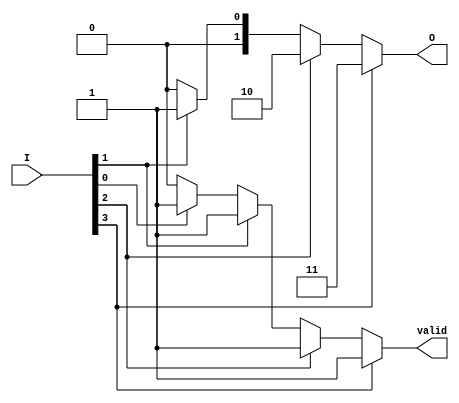
module one_of_n_encoder (
    input [3:0] I,       // 4 input lines
    output reg [1:0] O,  // 2 output lines (for 4 inputs)
    output reg valid     // Valid output signal
);

// Combinational logic to determine the output based on the inputs
always @(*) begin
    // Default state
    O = 2'b00;   // Default output
    valid = 1'b0; // Default valid signal

    // Check inputs in reverse order for priority
    if (I[3]) begin
        O = 2'b11; // Output for I[3]
        valid = 1'b1;
    end else if (I[2]) begin
        O = 2'b10; // Output for I[2]
        valid = 1'b1;
    end else if (I[1]) begin
        O = 2'b01; // Output for I[1]
        valid = 1'b1;
    end else if (I[0]) begin
        O = 2'b00; // Output for I[0]
        valid = 1'b1;
    end
    // If no inputs are active, O remains 00 and valid is 0
end

endmodule